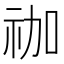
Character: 𮁬